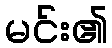
မင်း၏